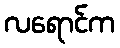
လရောင်က